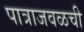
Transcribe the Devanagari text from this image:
पात्राजवळची